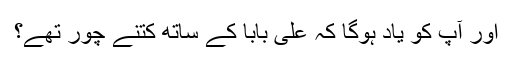
اور آپ کو یاد ہوگا کہ علی بابا کے ساتھ کتنے چور تھے؟